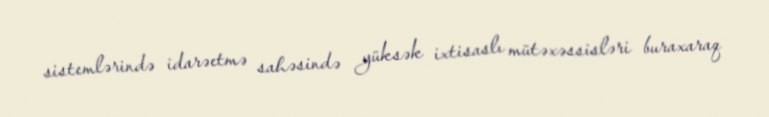
sistemlərində idarəetmə sahəsində yüksək ixtisaslı mütəxəssisləri buraxaraq